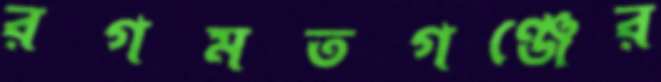
রগমতগঞ্জের